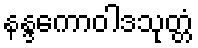
နန္ဒကောဝါဒသုတ္တံ